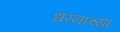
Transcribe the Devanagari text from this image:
धरनाच्या